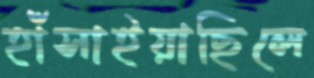
হাঁসাইয়াছিলে